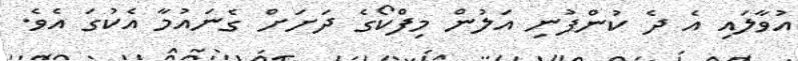
އުވާލައި އެ ދެ ކުންފުނި އަލުން މިފްކޯގެ ދަށަށް ގެނައުމާ އެކުގަ އެވެ.